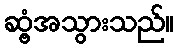
ဆွံ့အသွားသည်။